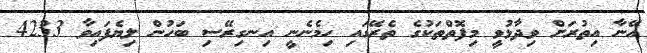
އޭނާ އިތުރަށް ވިދާޅުވީ މިފޮތްތަކުގެ ތެރޭގައި ހިމެނެނީ އިނގިރޭސި ބަހުން ލިޔެފައިވާ 4233